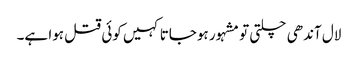
لال آندھی چلتی تو مشہور ہوجاتا کہیں کوئی قتل ہوا ہے۔